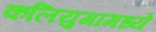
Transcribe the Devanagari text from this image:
कलियुगामध्ये